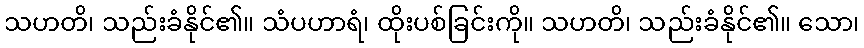
သဟတိ၊ သည်းခံနိုင်၏။ သံပဟာရံ၊ ထိုးပစ်ခြင်းကို။ သဟတိ၊ သည်းခံနိုင်၏။ သော၊